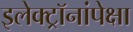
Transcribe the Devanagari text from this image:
इलेक्ट्रॉनांपेक्षा